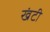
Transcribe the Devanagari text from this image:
खंटी